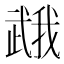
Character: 𭭯